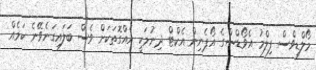
މޯލްޑިވްސް ފިލްމު އެވޯޑްސްގެ އޯޕެނިން އެކްޓް ދިނުމަކީ އެއްގޮތަކަށް ވެސް ބަލައިގަނެވޭނެ ކަމެއް